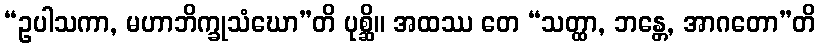
“ဥပါသကာ, မဟာဘိက္ခုသံဃော”တိ ပုစ္ဆိ။ အထဿ တေ “သတ္ထာ, ဘန္တေ, အာဂတော”တိ